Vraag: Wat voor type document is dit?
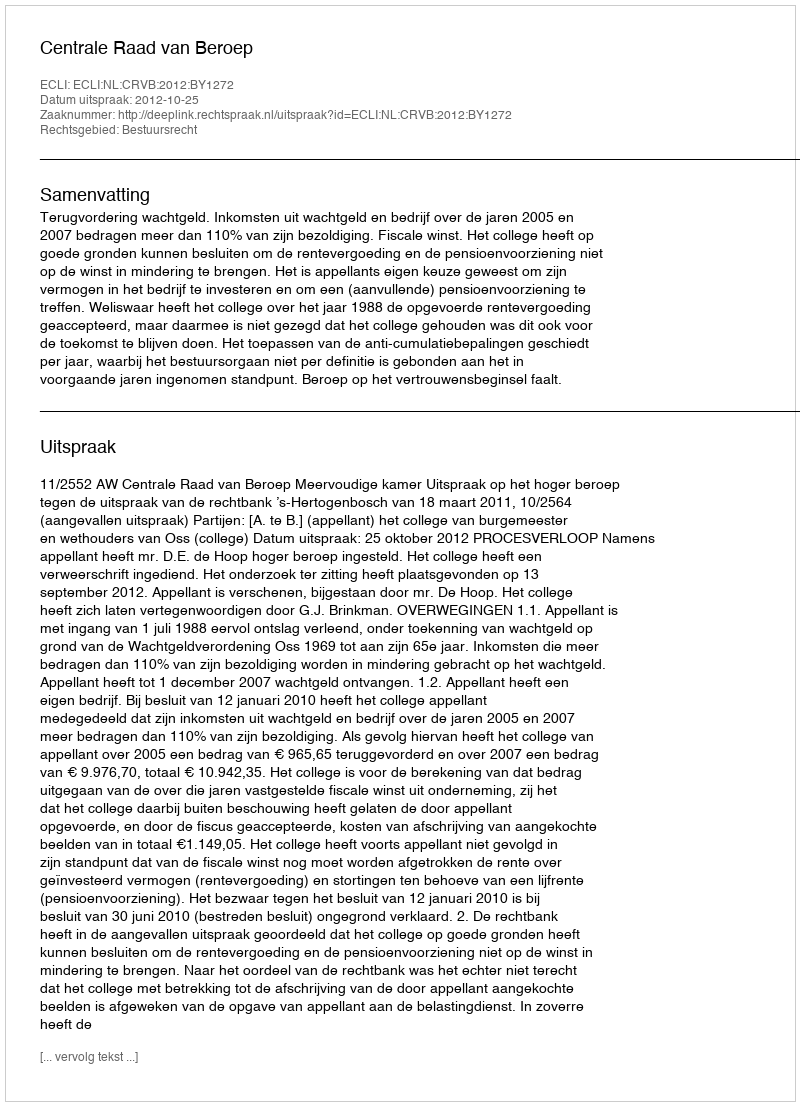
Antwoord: Uitspraak